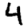
Digit: 4